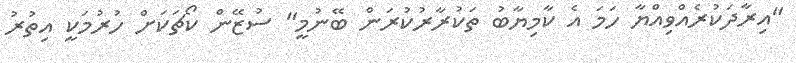
"އިރާދަކުރެއްވިއްޔާ ހަމަ އެ ކާމިޔާބު ތަކުރާރުކުރަން ބޭނުމީ" ސުޒޭން ކޯޗަކަށް ހުރުމަކީ އިތުރު